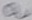
Text: a